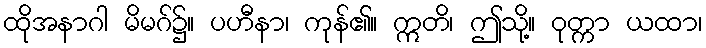
ထိုအနာဂါ မိမဂ်၌။ ပဟီနာ၊ ကုန်၏။ ဣတိ၊ ဤသို့။ ဝုတ္ကာ ယထာ၊